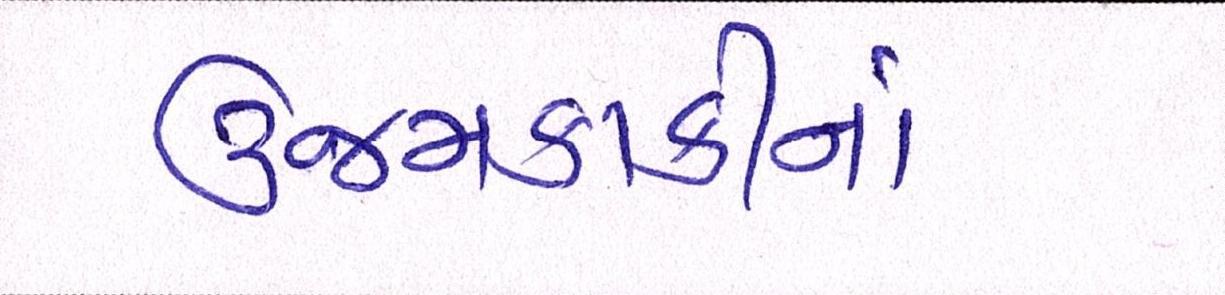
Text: ઉજમકાકીનાં